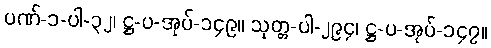
ပဏ်-၁-ပါ-၃၂၊ ဋ္ဌ-ပ-အုပ်-၁၄၉။ သုတ္တ-ပါ-၂၉၄၊ ဋ္ဌ-ပ-အုပ်-၁၄၇။